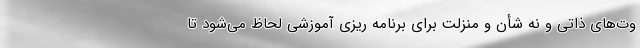
وت‌های ذاتی و نه شأن و منزلت برای برنامه ریزی آموزشی لحاظ می‌شود تا